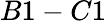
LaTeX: B1-C1